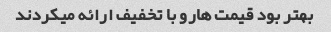
بهتر بود قیمت هارو با تخفیف ارائه میکردند